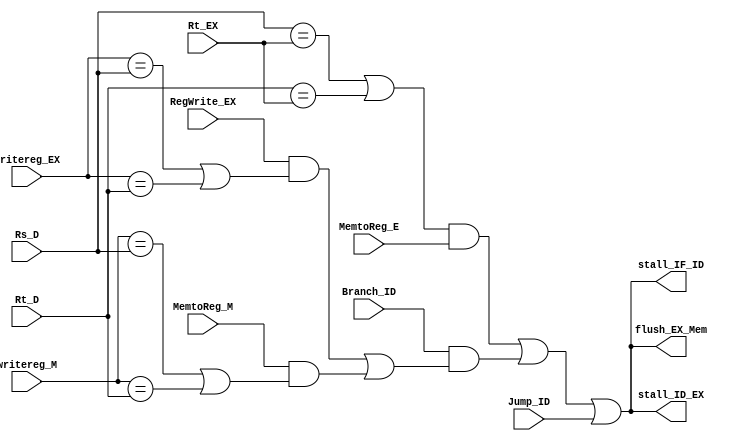
`timescale 1ns/1ns

module hazardunit(      input [4:0] Rt_EX,            
                        input [4:0] Rs_D,
                        input [4:0] Rt_D,
                        input [4:0] writereg_M,
                        input [4:0] writereg_EX,
                        input MemtoReg_E,
                        input MemtoReg_M,
                        input RegWrite_EX,
                        input Branch_ID, 
                        input Jump_ID,
                        output reg stall_IF_ID,
                        output reg stall_ID_EX,
                        output reg flush_EX_Mem);
reg lwstall, branchstall;
always @(*) begin

    lwstall= ((Rs_D==Rt_EX) || (Rt_D==Rt_EX)) && MemtoReg_E;

  branchstall =Branch_ID &
            (RegWrite_EX &
            (writereg_EX == Rs_D | writereg_EX == Rt_D) |
             MemtoReg_M &
            (writereg_M == Rs_D | writereg_M == Rt_D));



    stall_ID_EX = lwstall || branchstall || Jump_ID;
    stall_IF_ID = lwstall || branchstall || Jump_ID;
    flush_EX_Mem = lwstall || branchstall || Jump_ID;

    end

endmodule